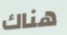
هناك